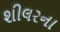
શીલરના